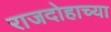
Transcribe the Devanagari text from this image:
राजदोहाच्या